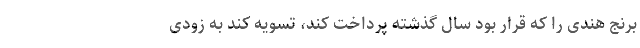
برنج هندی را که قرار بود سال گذشته پرداخت کند،‌ تسویه کند به زودی